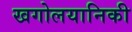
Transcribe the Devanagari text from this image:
खगोलयानिकी